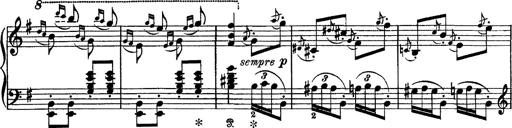
Title: Tarantelle di bravura dâ€™aprÃ¨s la tarantelle de La muette de Portici
Composer: Franz Liszt